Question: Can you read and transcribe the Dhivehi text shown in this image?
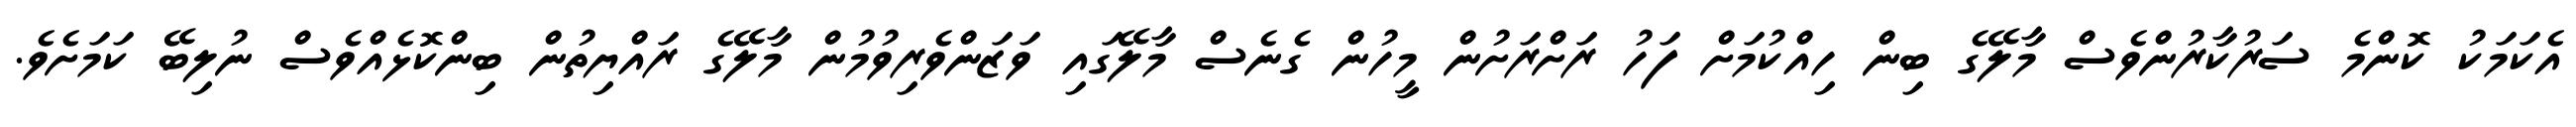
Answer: އެކަމަކު ކޮންމެ ސަރުކާރުންވެސް މާލޭގެ ބިން ހިއްކުމަށް ފަހު ރަށްރަށުން މީހުން ގެނެސް މާލޭގައި ވަޒަންވެރިވުމުން މާލޭގެ ރައްޔިތުން ބިންކޮޅެއްވެސް ނުލިބޭ ކަމަށެވެ.